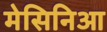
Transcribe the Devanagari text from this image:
मेसिनिआ